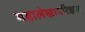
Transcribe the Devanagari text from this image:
महालेखापरिक्षक